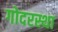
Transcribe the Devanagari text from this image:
गोदरस्था